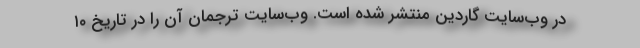
در وب‌سایت گاردین منتشر شده است. وب‌سایت ترجمان آن را در تاریخ ۱۰